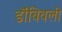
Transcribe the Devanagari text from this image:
डॊंबिवली